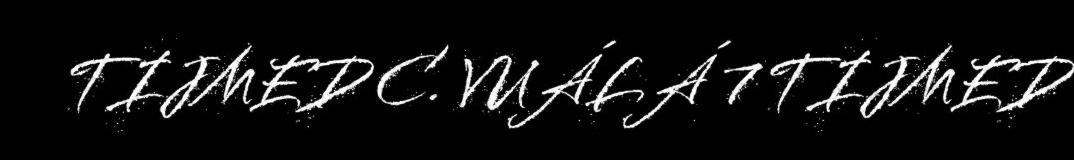
TIJMED C. VUÁLÁ 7 TIJMED